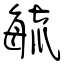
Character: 毓